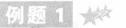
例题1